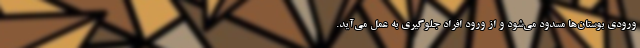
ورودی بوستان‌ها مسدود می‌شود و از ورود افراد جلوگیری به عمل می‌آید.